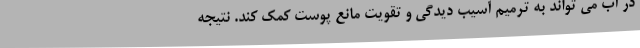
در آب می تواند به ترمیم آسیب دیدگی و تقویت مانع پوست کمک کند. نتیجه